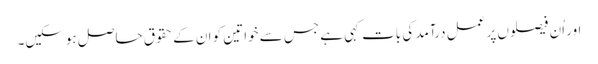
اور اُن فیصلوں پر عمل درآمد کی بات کہی ہے جس سے خواتین کو ان کے حقوق حاصل ہوسکیں۔